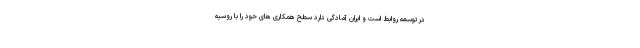
در توسعه روابط است و ایران آمادگی دارد سطح همکاری های خود را با روسیه